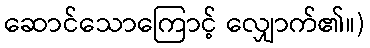
ဆောင်သောကြောင့် လျှောက်၏။)